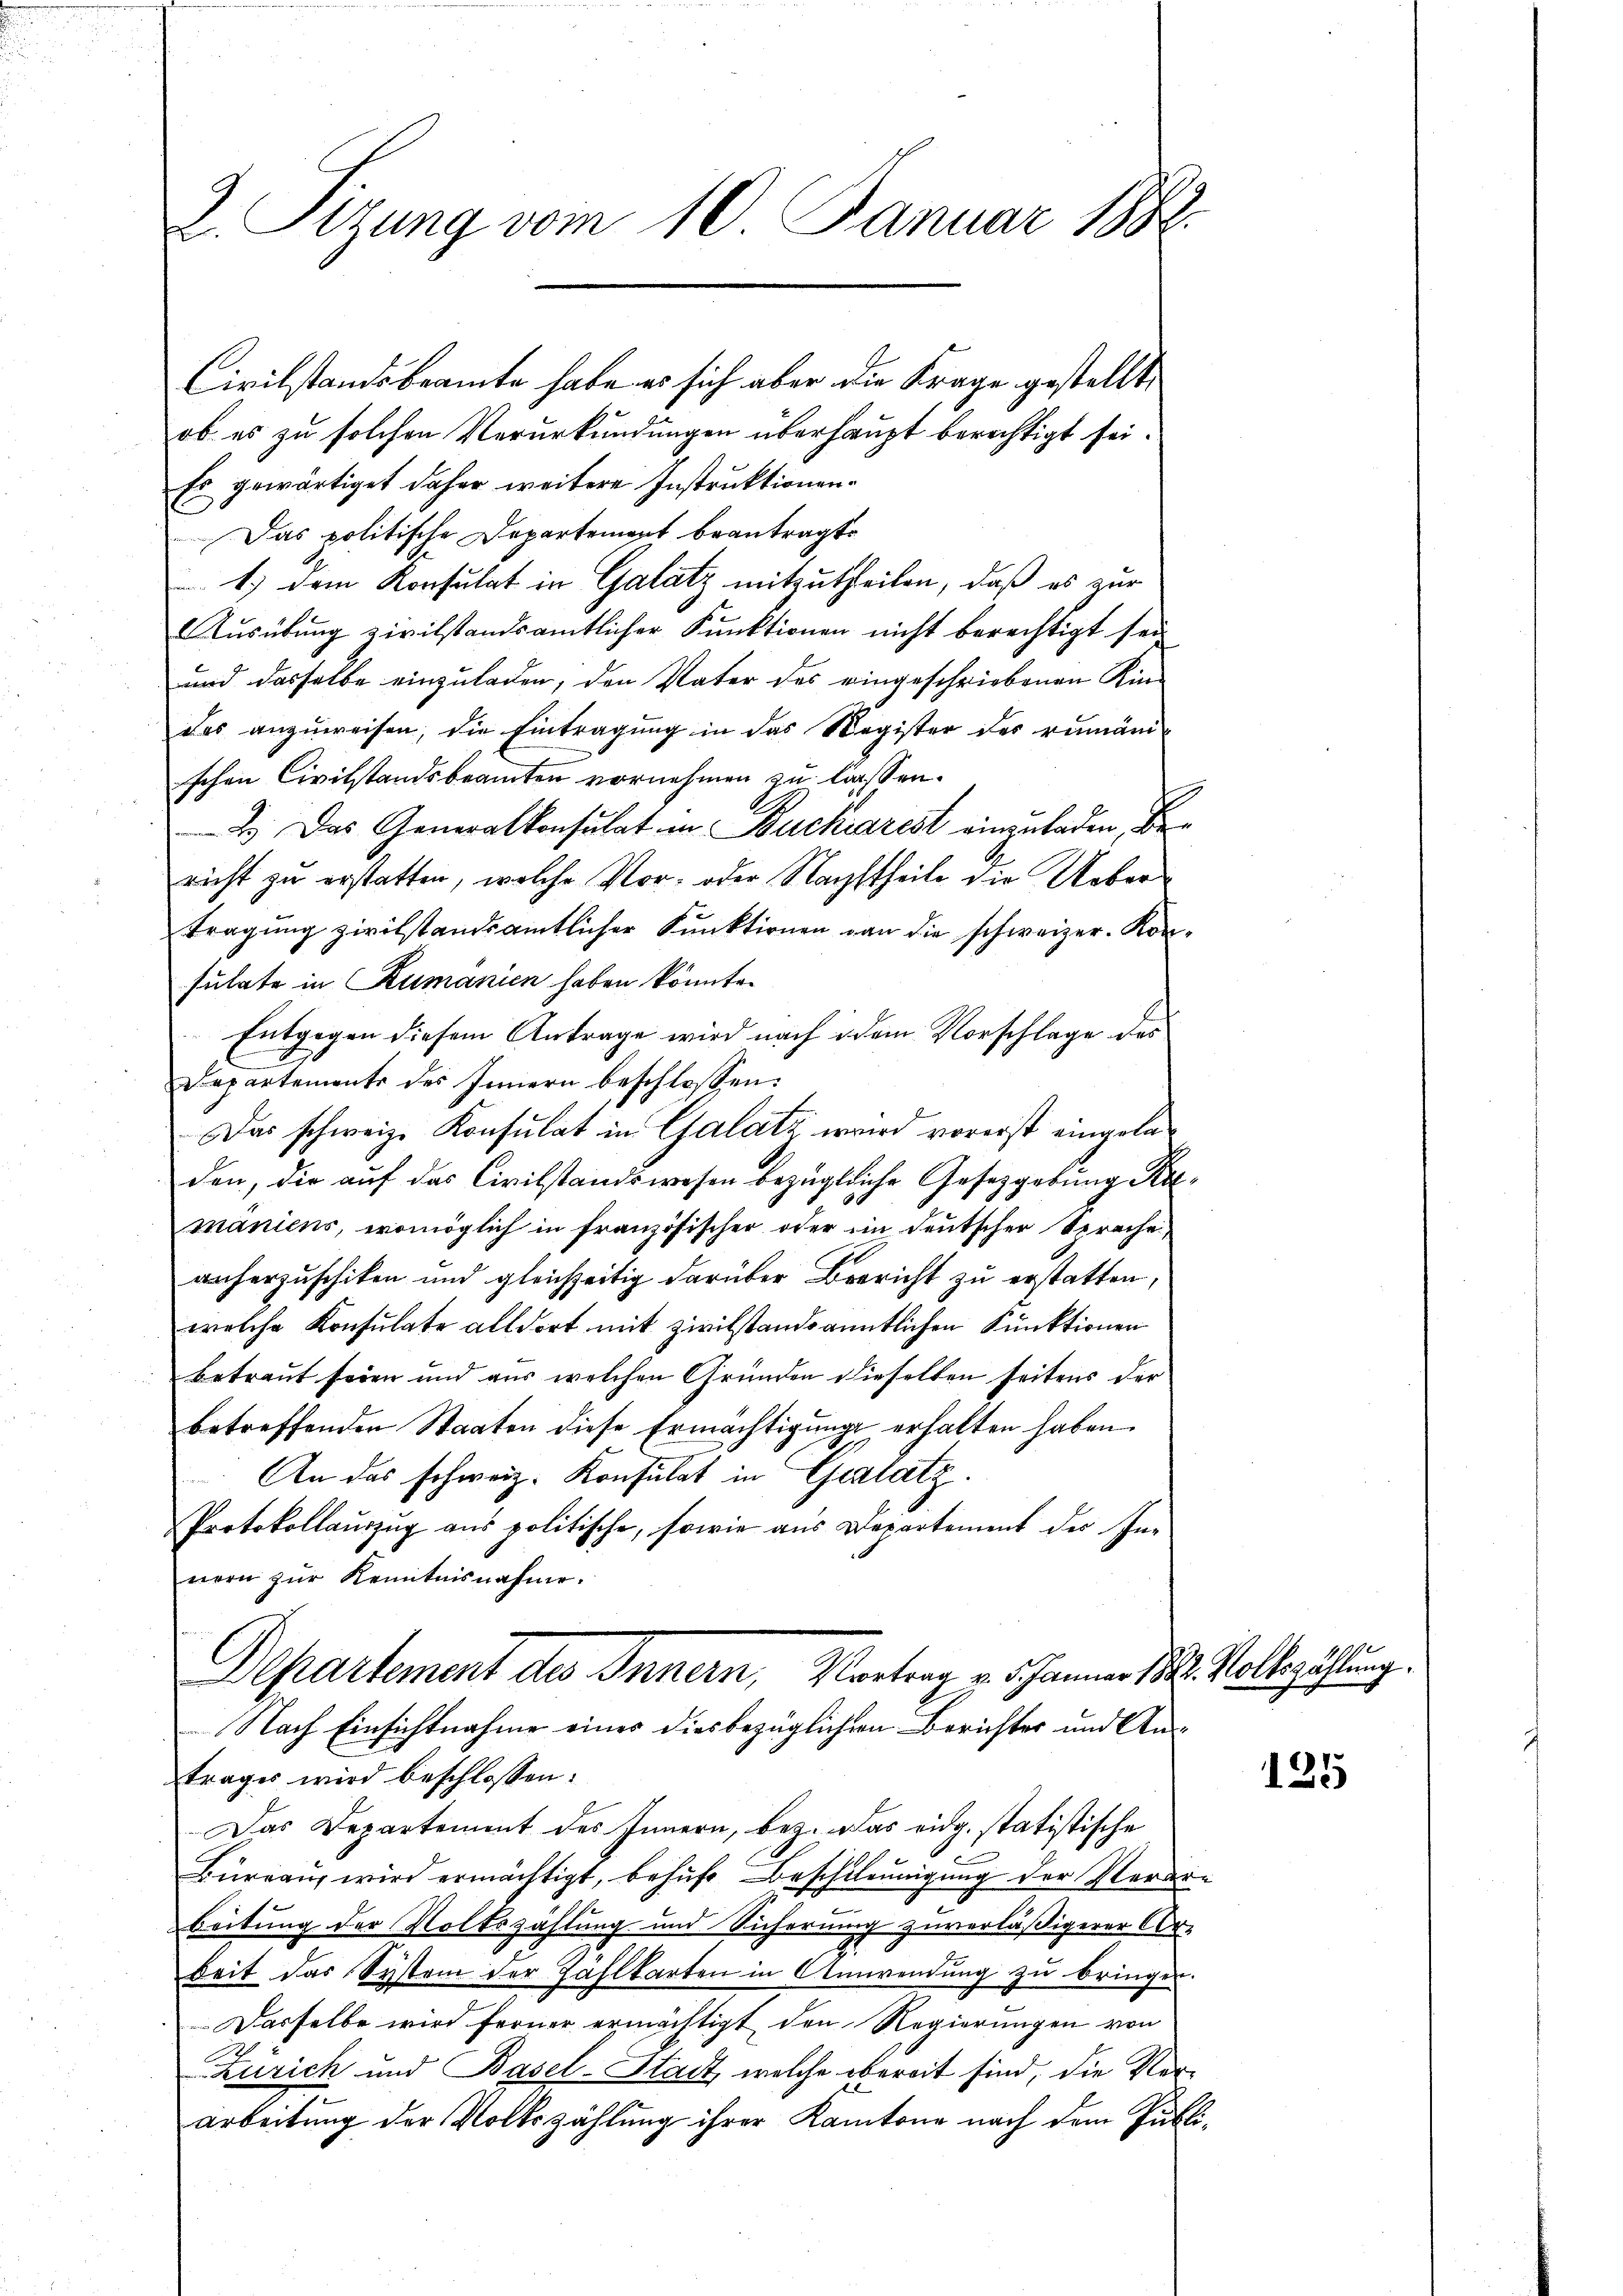
2. Sizung vom 10. Januar 1882.

ob es zu solchen Verurkundungen überhaupt berechtigt sei.
Es gewärtiget daher weitere Instruktionen.
Das politische Departement beantragt,
1.) Dem Konsulat in Galatz mitzutheilen, daß es zur
Ausübung zivilstandsamtlicher Funktionen nicht berechtigt sei.
und dasselbe einzuladen, den Vater des eingeschriebenen Kin-
das anzuweisen, die Eintragung in das Wagister des rumäni
schen Civilstandsbeamten vornehmen zu lassen.
2.) Das Generalkonsulat in Buchiarest einzuladen, de
richt zu erstatten, welche Vor- oder Nachstheile die Uebertragung zivilstandsamtlicher Punktionen von die schweizer-Konsulate in Rumanien haben könnte.
Entgegen diesem Antrage wird nach idem Vorschlage des
Departements des Innern beschlossen:
Das schweiz. Konsulat in Galatz wird vorerst eingeladen, die auf das Civilstandswesen bezügliche Gesetzgebung Ramäniens, womöglich in französischer oder ein deutscher Sprache,
auherzuschiken und gleichzeitig darüber Bericht zu erstatten,
welche Konsulate alldort mit zivilstandsanntlichen Punktionen
betraut seien und aus welchen Gründen dieselben seitens der
betreffenden Staaten diese Ermächtigung erhalten haben.
An das schweiz. Konsulat in Geplatz.
Protokollauszug aus politische, sowie aus Departement der Innern zŭr Kenntnisnahme.
Departement des Innern, Vortrag v. 5 Jänner 188. Volbezählung.
Nach Einsichtnahme eines diesbezüglichen Berichter und An-
trages wird beschlossen:
Das Departement des Innern, bez. Das eidg. statistische
Büreau wird ermächtigt, behufe Beschleunigung der Norder
beitung der Volkszählung und Sicherung zuverläßigerer Corbeit das System der Zahlkarten in Anwendung zu bringen.
Dasselbe wird ferner ermächtigt den Regierungen von
Zürich und Basel-Stadt, welche obereit sind, die Ver¬
Arbeitung der Volkszählung ihrer Kantone nach dem Publ

Civilstandsbeamte habe er sich aber die Frage gestellt,

2

125